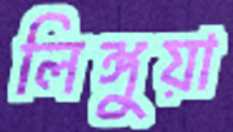
লিঙ্গুয়া